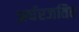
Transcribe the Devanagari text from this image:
अर्धरजतित